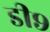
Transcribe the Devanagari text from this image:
डी९